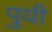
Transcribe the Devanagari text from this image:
पुयी